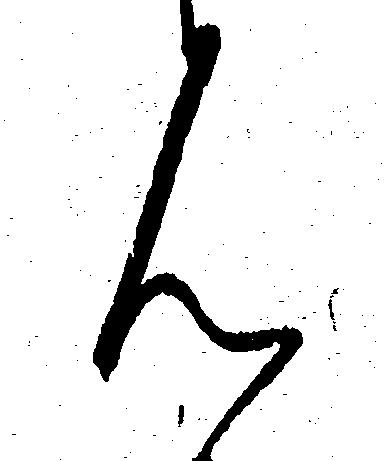
ん